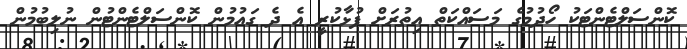
ކޮންސަލްޓެންޓަކު ހޯދުމުގެ މަސައްކަތް އިތުރަށް ފުޅާކުރީ އެ ދެ ގައުމުން ކޮންސަލްޓެންޓުން ނުލިބުމުން